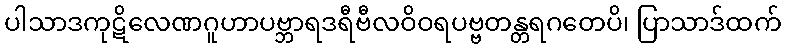
ပါသာဒကုဋိလေဏဂူဟာပဗ္ဘာရဒရီဗီလဝိဝရပဗ္ဗတန္တရဂတေပိ၊ ပြာသာဒ်ထက်